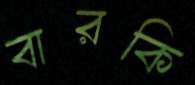
বারকি